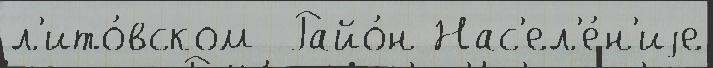
л'ито́вском  Райо́н Нас'ел'е́н'иjе